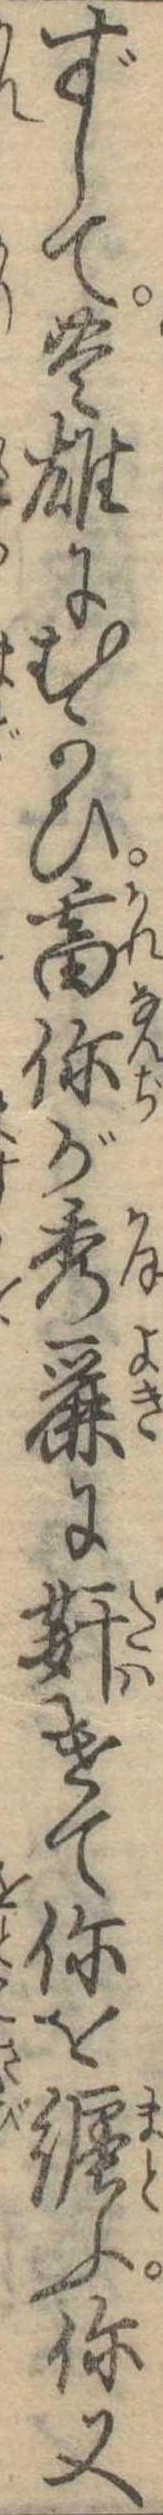
ずして豊雄にむかひ畜が秀麗にけてを纏ふ又